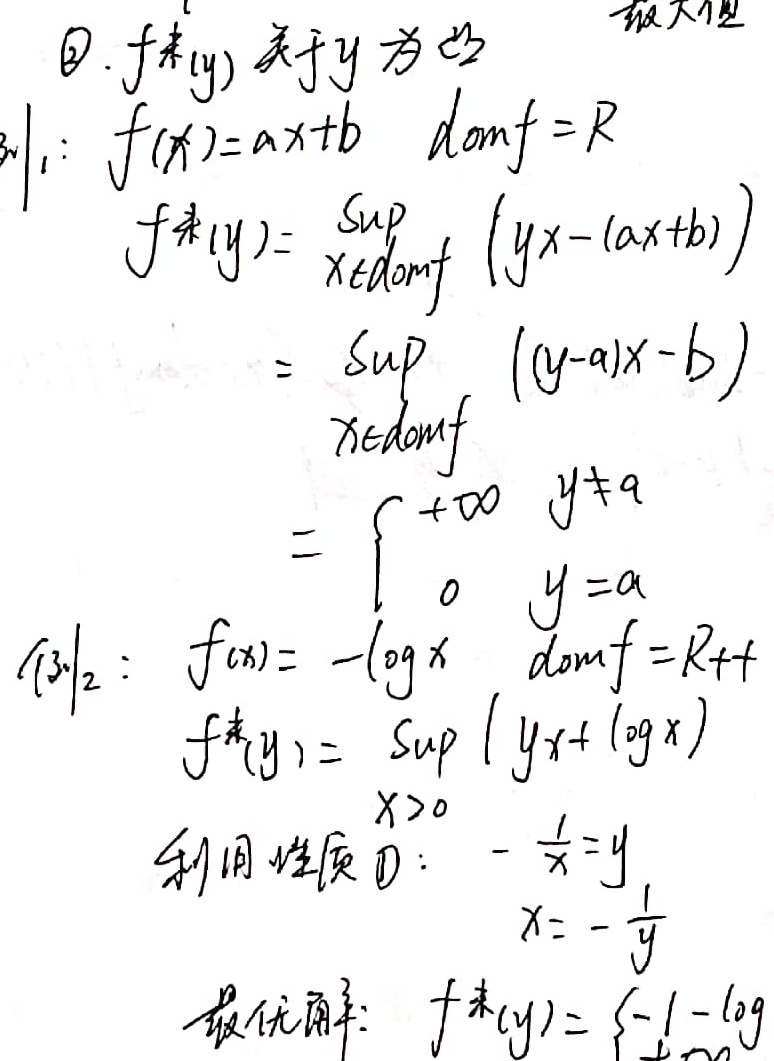
\textcircled{2}. \(f^*(y)\)关于\(y\)为凸。

例\(_1\)：\(f(x)=ax + b\)，\(\text{dom}f = \mathbb{R}\)
\[
\begin{align*}
f^*(y)&=\sup_{x\in\text{dom}f}(yx-(ax + b))\\
&=\sup_{x\in\text{dom}f}((y - a)x - b)\\
&=\begin{cases}
+\infty & y\neq a\\
0 & y = a
\end{cases}
\end{align*}
\]

例\(_2\)：\(f(x)=-\log x\)，\(\text{dom}f=\mathbb{R}_{++}\)
\[
\begin{align*}
f^*(y)&=\sup_{x > 0}(yx+\log x)
\end{align*}
\]
利用性质\textcircled{1}：\(-\frac{1}{x}=y\)，\(x = -\frac{1}{y}\)